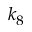
k _ { 8 }